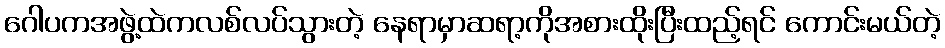
ဂေါပကအဖွဲ့ထဲကလစ်လပ်သွားတဲ့ နေရာမှာဆရာ့ကိုအစားထိုးပြီးထည့်ရင် ကောင်းမယ်တဲ့